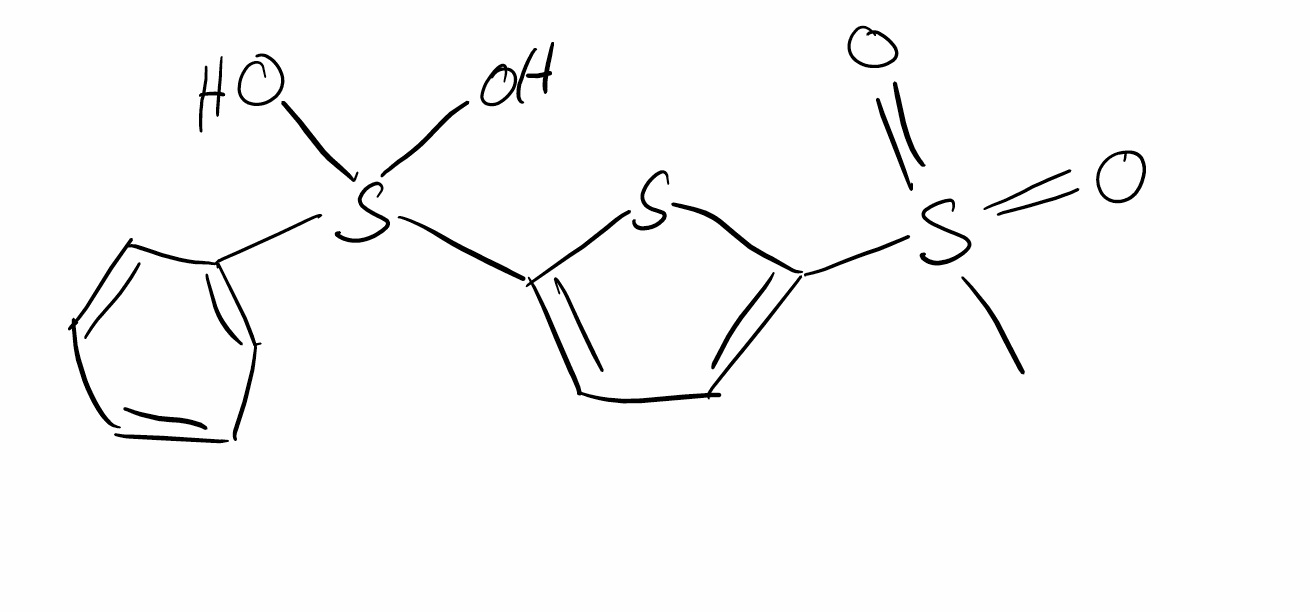
Simplified molecular-input line-entry system (SMILES) notation of the given molecule:
CS(=O)(=O)C1=CC=C(S1)S(C2=CC=CC=C2)(O)O